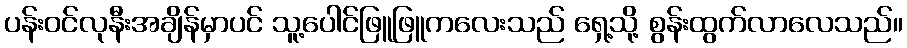
ပန်းဝင်လုနီးအချိန်မှာပင် သူ့ပေါင်ဖြူဖြူကလေးသည် ရှေ့သို့ စွန်းထွက်လာလေသည်။